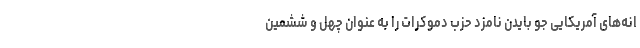
انه‌های آمریکایی جو بایدن نامزد حزب دموکرات را به عنوان چهل و ششمین